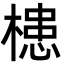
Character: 槵